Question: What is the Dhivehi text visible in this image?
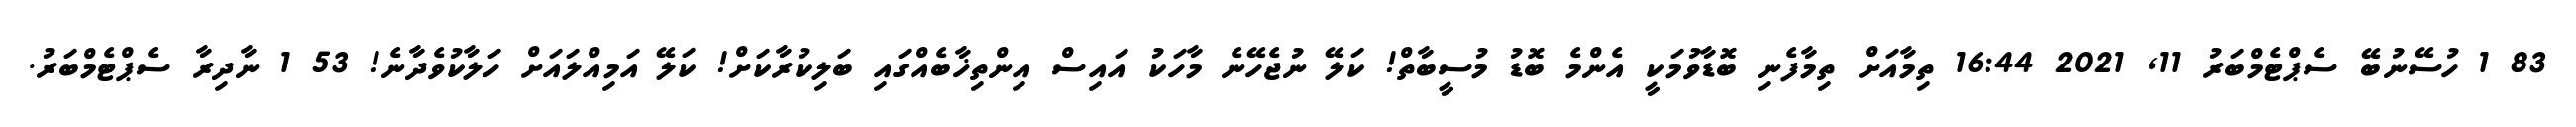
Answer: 83 1 ހުސޭނުބޭ ސެޕްޓެމްބަރު 11, 2021 16:44 ތިމާއަށް ތިމާފެނި ބޮޑާވުމަކީ އެންމެ ބޮޑު މުސީބާތް! ކަލޭ ނުޖެހޭނެ މާހަކު އައިސް އިންތިޚާބެއްގައި ބަލިކުރާކަށް! ކަލޭ އަމިއްލައަށް ހަލާކުވެދާނެ! 53 1 ނާދިރާ ސެޕްޓެމްބަރު.